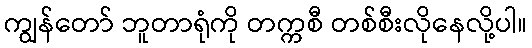
ကျွန်တော် ဘူတာရုံကို တက္ကစီ တစ်စီးလိုနေလို့ပါ။